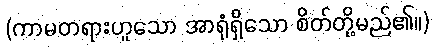
(ကာမတရားဟူသော အာရုံရှိသော စိတ်တို့မည်၏။)